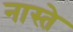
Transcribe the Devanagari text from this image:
नास्‍ते